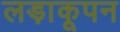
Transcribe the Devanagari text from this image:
लड़ाकूपन